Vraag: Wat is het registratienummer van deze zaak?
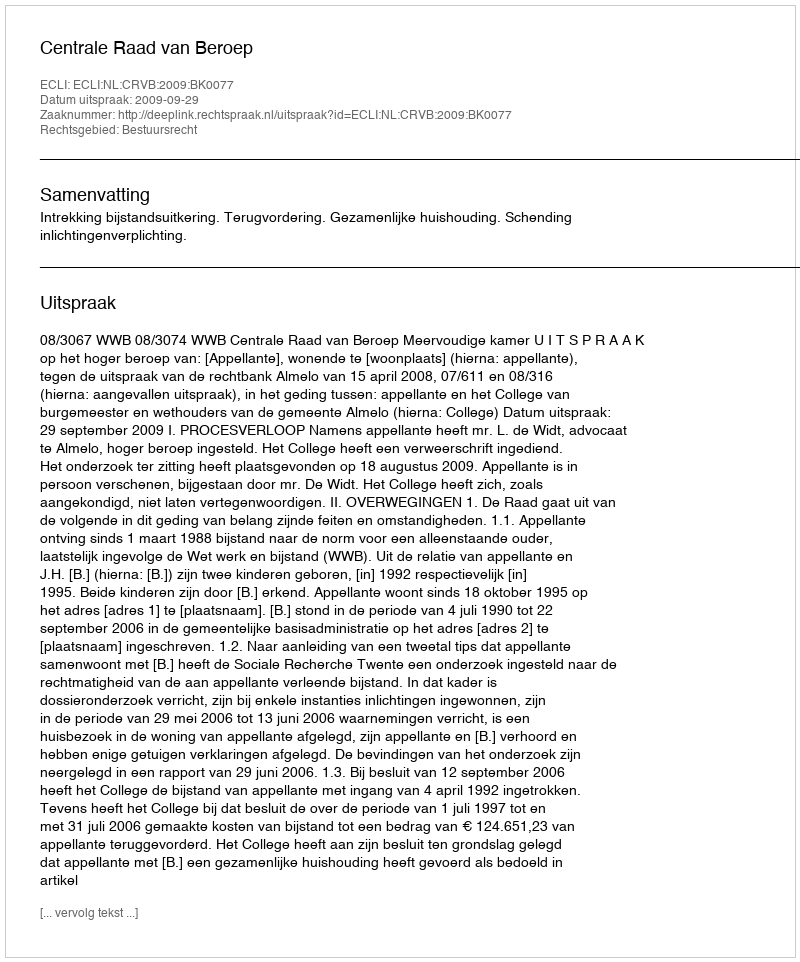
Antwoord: http://deeplink.rechtspraak.nl/uitspraak?id=ECLI:NL:CRVB:2009:BK0077